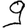
Digit: 9